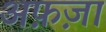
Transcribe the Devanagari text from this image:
अफ़ज़ा